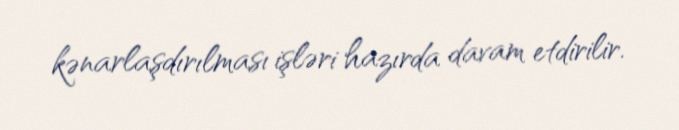
kənarlaşdırılması işləri hazırda davam etdirilir.